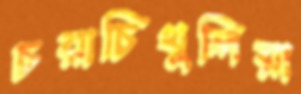
চরাচিথুলিয়া